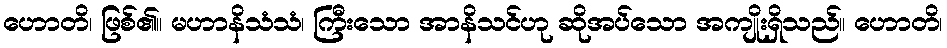
ဟောတိ၊ ဖြစ်၏။ မဟာနိသံသံ၊ ကြီးသော အာနိသင်ဟု ဆိုအပ်သော အကျိုးရှိသည်။ ဟောတိ၊